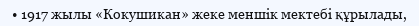
• 1917 жылы «Кокушикан» жеке меншік мектебі құрылады,